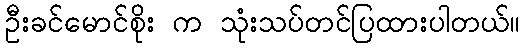
ဦးခင်မောင်စိုး က သုံးသပ်တင်ပြထားပါတယ်။